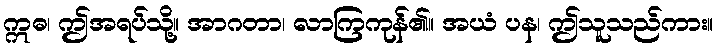
ဣဓ၊ ဤအရပ်သို့။ အာဂတာ၊ လာကြကုန်၏။ အယံ ပန၊ ဤသူသည်ကား။